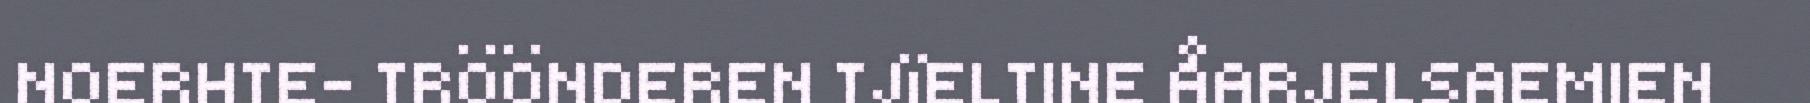
NOERHTE- TRÖÖNDEREN TJïELTINE ÅARJELSAEMIEN